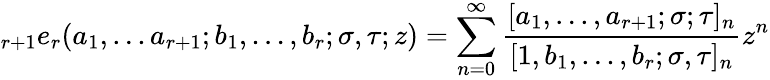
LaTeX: \displaystyle{}_{r+1}e_{r}(a_{1},...a_{r+1};b_{1},...,b_{r};\sigma,\tau;z)=\sum_{n=0}^{\infty}{\frac{[a_{1},...,a_{r+1};\sigma;\tau]_{n}}{[1,b_{1},...,b_{r};\sigma,\tau]_{n}}}z^{n}